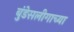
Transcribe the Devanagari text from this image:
बुंडेसलीगाच्या